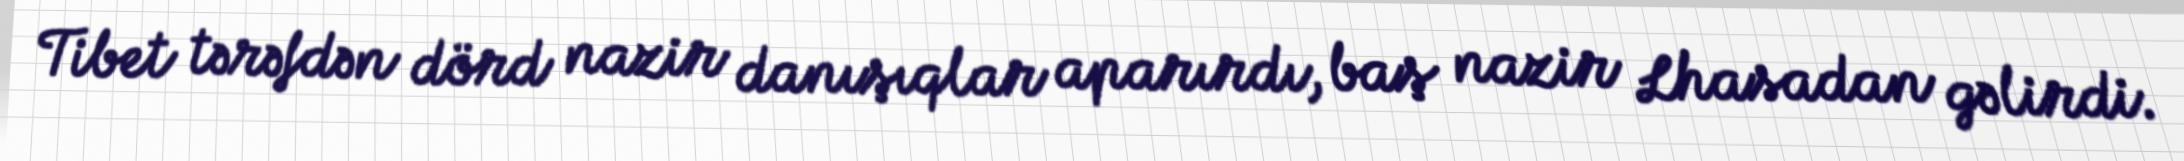
Tibet tərəfdən dörd nazir danışıqlar aparırdı, baş nazir Lhasadan gəlirdi.